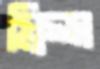
ফ্রিন্স